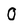
Character: O